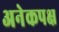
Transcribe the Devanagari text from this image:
अनेकपक्ष